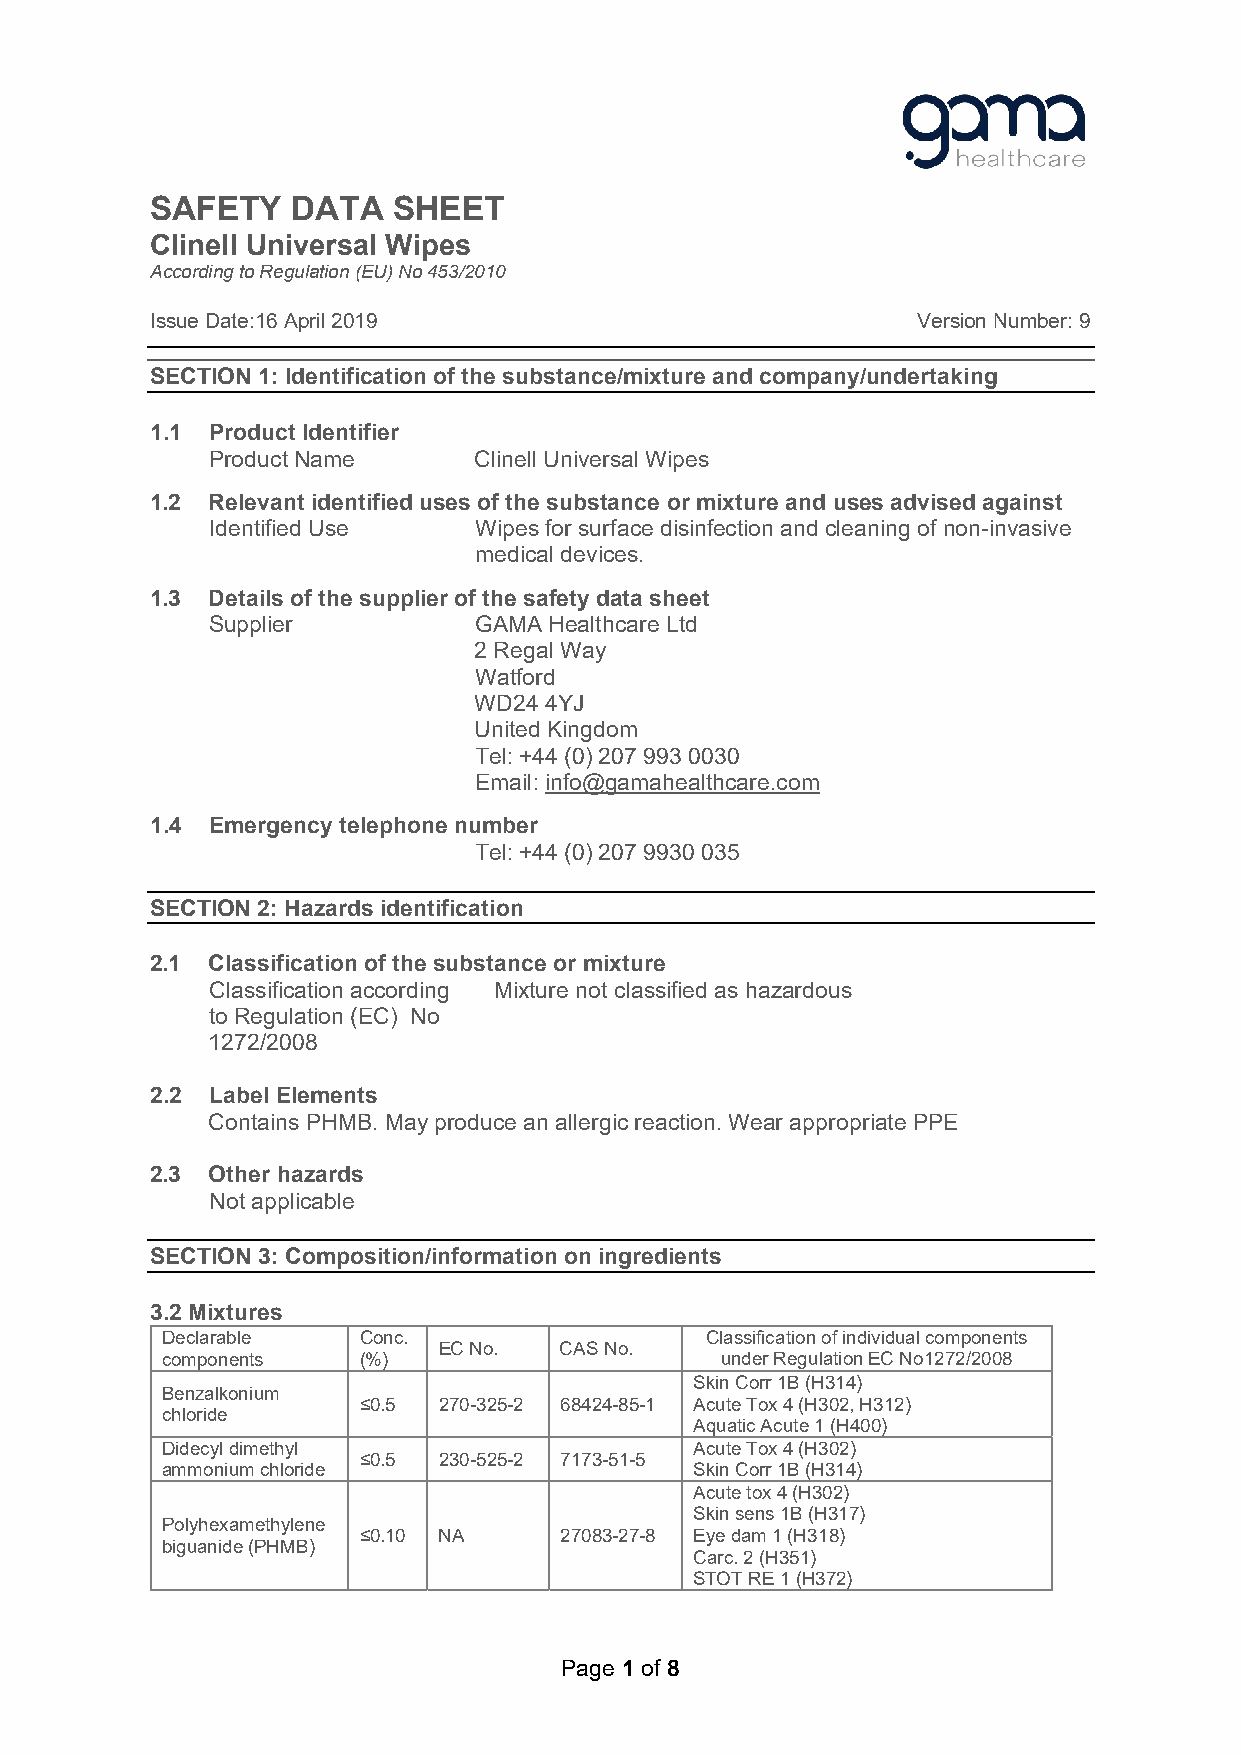
SAFETY   DATA   SHEET
 Clinell Universal Wipes
 According to Regulation (EU) No 453/2010
 Issue Date:16 April 2019                           Version Number: 9
 SECTION 1: Identification of the substance/mixture and company/undertaking
 1.1 Product Identifier
 Product Name     Clinell Universal Wipes
 1.2 Relevant identified uses of the substance or mixture and uses advised against
 Identified Use   Wipes for surface disinfection and cleaning of non-invasive
 medical devices.
 1.3 Details of the supplier of the safety data sheet
 Supplier         GAMA Healthcare Ltd
 2 Regal Way
 Watford
 WD24 4YJ
 United Kingdom
 Tel: +44 (0) 207 993 0030
 Email: info@gamahealthcare.com
 1.4 Emergency telephone number
 Tel: +44 (0) 207 9930 035
 SECTION 2: Hazards identification
 2.1 Classification of the substance or mixture
 Classification according Mixture not classified as hazardous
 to Regulation (EC) No
 1272/2008
 2.2 Label Elements
 Contains PHMB. May produce an allergic reaction. Wear appropriate PPE
 2.3 Other hazards
 Not applicable
 SECTION 3: Composition/information on ingredients
 3.2 Mixtures
 Declarable   Conc.                  Classification of individual components
 EC No.  CAS No.
 components   (%)                     under Regulation EC No1272/2008
 Skin Corr 1B (H314)
 Benzalkonium
 ≤0.5 270-325-2 68424-85-1 Acute Tox 4 (H302, H312)
 chloride
 Aquatic Acute 1 (H400)
 Didecyl dimethyl                   Acute Tox 4 (H302)
 ≤0.5 230-525-2 7173-51-5
 ammonium chloride                  Skin Corr 1B (H314)
 Acute tox 4 (H302)
 Skin sens 1B (H317)
 Polyhexamethylene
 ≤0.10 NA     27083-27-8 Eye dam 1 (H318)
 biguanide (PHMB)
 Carc. 2 (H351)
 STOT RE 1 (H372)
 Page 1 of 8